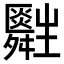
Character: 𤰀